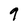
Character: 9